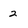
Character: 2